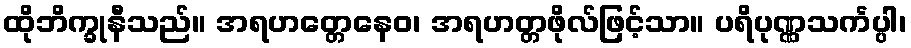
ထိုဘိက္ခုနီသည်။ အရဟတ္တေနေဝ၊ အရဟတ္တဖိုလ်ဖြင့်သာ။ ပရိပုဏ္ဏသင်္ကပ္ပါ၊